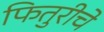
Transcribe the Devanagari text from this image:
फितुरीचे